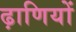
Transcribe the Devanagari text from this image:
ढ़ाणियों